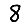
Digit: 8